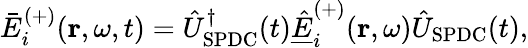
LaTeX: \bar{E}_{i}^{(+)}(\mathbf{r},\omega,t)=\hat{U}_{\mathrm{SPDC}}^{\dagger}(t)\underline{{\hat{E}}}_{i}^{(+)}(\mathbf{r},\omega)\hat{U}_{\mathrm{SPDC}}(t),